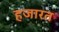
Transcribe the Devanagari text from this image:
हजारत